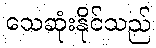
သေဆုံးနိုင်သည်